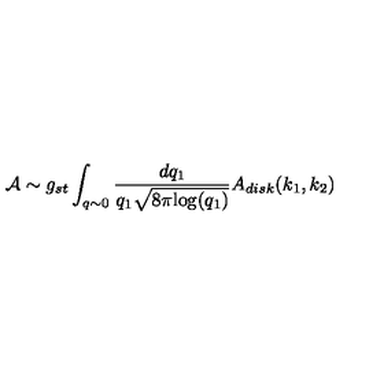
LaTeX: { \cal A } \sim g _ { s t } \int _ { q \sim 0 } \frac { d q _ { 1 } } { q _ { 1 } \sqrt { 8 \pi \mathrm { l o g } ( q _ { 1 } ) } } A _ { d i s k } ( k _ { 1 } , k _ { 2 } )